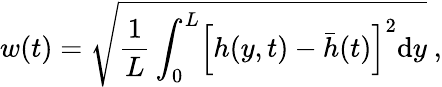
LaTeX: w(t)=\sqrt{\frac{1}{L}\int_{0}^{L}\Bigl[h(y,t)-\bar{h}(t)\Bigl]^{2}\mathrm{d}y}\ ,